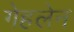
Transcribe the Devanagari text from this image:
गेहलेन